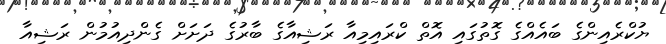
ޔުކްރެއިންގެ ބައެއްގެ ގޮތުގައި އޮތް ކްރައިމިއާ ރަޝިއާގެ ބާރުގެ ދަށަށް ގެންދިއުމުން ރަޝިއާ